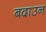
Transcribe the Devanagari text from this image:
बदाउन